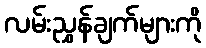
လမ်းညွှန်ချက်များကို